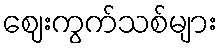
ဈေးကွက်သစ်များ